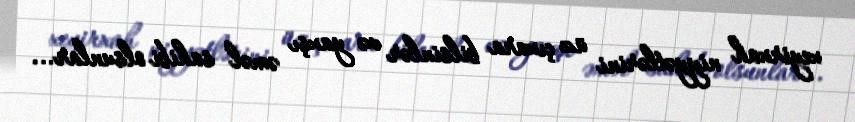
xeyirxah niyyətlərini üz çıxara bilsinlər və yaxşı əməl sahibi olsunlar...